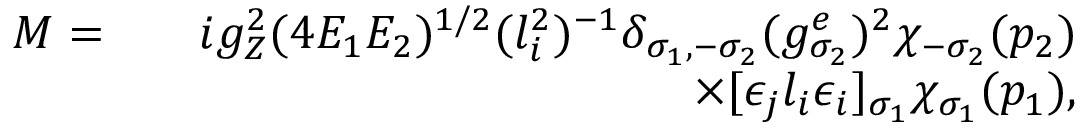
\begin{array} { r l r } { { \cal M } = } & { } & { i g _ { Z } ^ { 2 } ( 4 E _ { 1 } E _ { 2 } ) ^ { 1 / 2 } ( l _ { i } ^ { 2 } ) ^ { - 1 } \delta _ { \sigma _ { 1 } , - \sigma _ { 2 } } ( g _ { \sigma _ { 2 } } ^ { e } ) ^ { 2 } \chi _ { - \sigma _ { 2 } } ( p _ { 2 } ) } \\ & { } & { \times [ \epsilon _ { j } l _ { i } \epsilon _ { i } ] _ { \sigma _ { 1 } } \chi _ { \sigma _ { 1 } } ( p _ { 1 } ) , } \end{array}